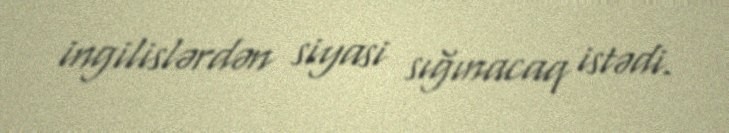
ingilislərdən siyasi sığınacaq istədi.